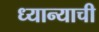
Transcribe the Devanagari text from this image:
ध्यान्याची